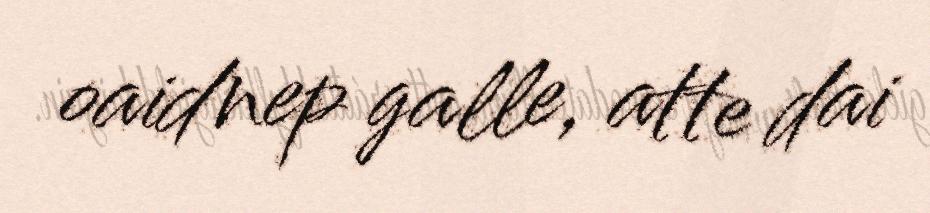
oaidnep galle, atte dai